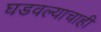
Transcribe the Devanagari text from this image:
घडवल्याचाही